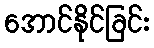
အောင်နိုင်ခြင်း